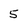
Character: 5